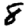
Digit: 8